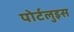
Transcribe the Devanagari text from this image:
पोर्टलुइस